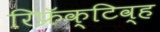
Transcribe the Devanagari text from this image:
रिफ्रॅक्‍टिव्ह